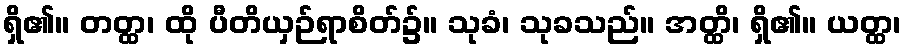
ရှိ၏။ တတ္ထ၊ ထို ပီတိယှဉ်ရာစိတ်၌။ သုခံ၊ သုခသည်။ အတ္ထိ၊ ရှိ၏။ ယတ္ထ၊